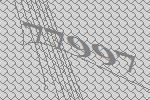
77997